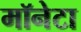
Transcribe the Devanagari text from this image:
मॉनेटा